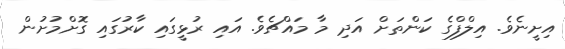
އިށީނެވެ. އިލްފްގެ ކަންތަށް އަދި މާ މައްޗެވެ. އައި ރުޅީގައި ކާރުގައި ގޮށްމުށުން